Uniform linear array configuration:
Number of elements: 48
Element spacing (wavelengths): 0.5
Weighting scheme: cosine
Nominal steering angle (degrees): -45
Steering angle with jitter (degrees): -46.683
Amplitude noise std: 0.05
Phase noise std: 0.05

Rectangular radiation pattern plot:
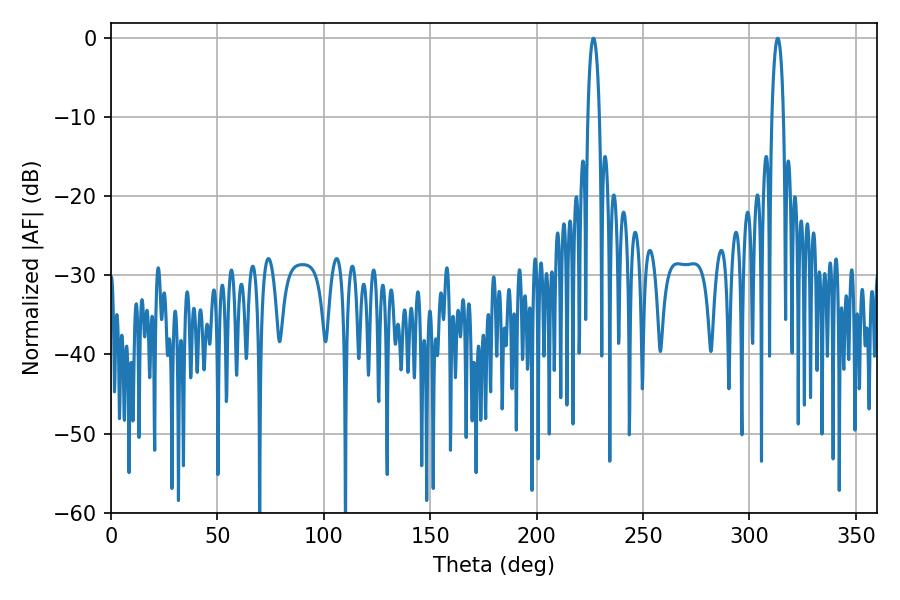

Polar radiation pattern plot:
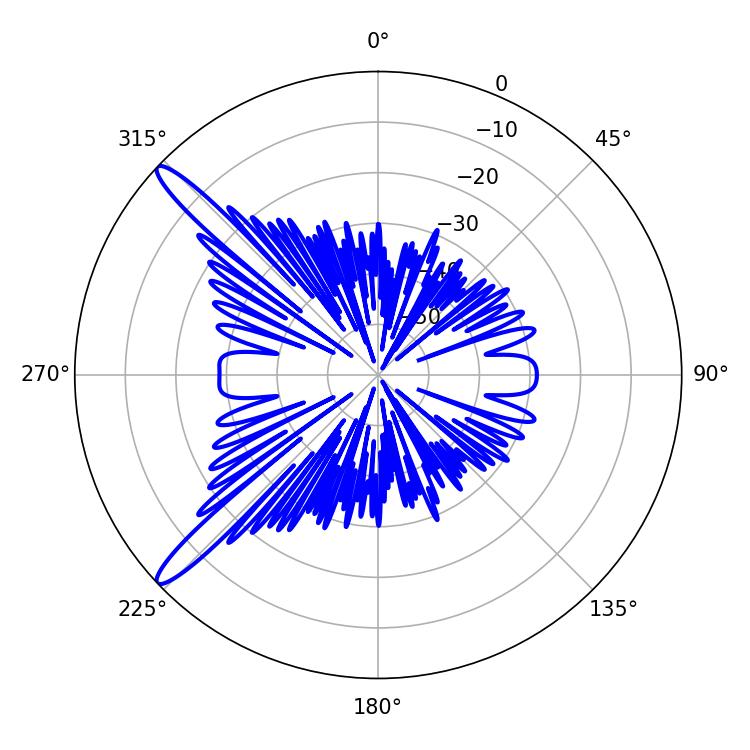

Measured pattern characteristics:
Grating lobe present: FALSE
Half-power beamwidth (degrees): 3.06
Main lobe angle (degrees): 226.62